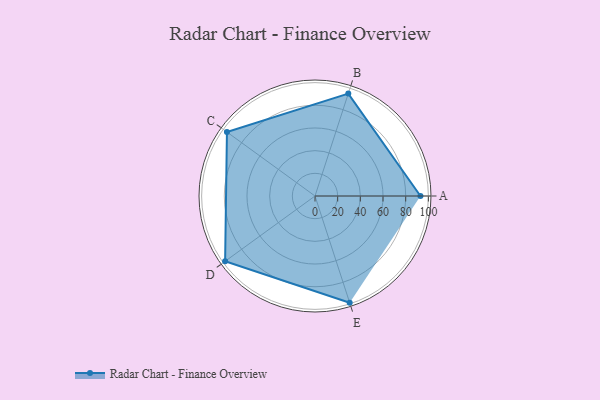
{"axis": {"x": "Skill", "y": "Score"}, "legend": ["Profile"], "data": [{"x": "A", "y": 93.0, "type": "Profile"}, {"x": "B", "y": 95.0, "type": "Profile"}, {"x": "C", "y": 96.0, "type": "Profile"}, {"x": "D", "y": 98.0, "type": "Profile"}, {"x": "E", "y": 99, "type": "Profile"}]}